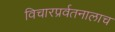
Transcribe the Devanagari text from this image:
विचारप्रर्वतनालाच